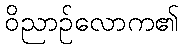
ဝိညာဉ်လောက၏